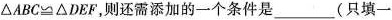
\triangle ABC\cong \triangle DEF则还需添加的一个条件是___